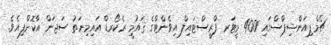
ޗެމްޕިއަންޝިޕްސްގައި 400 މީޓަރ ފްރީސްޓައިލް އިވެންޓްގެ ޤައުމީ ރެކޯރޑް އައިމިނަތު ސަޖަން އާކޮށްފިއެވެ.